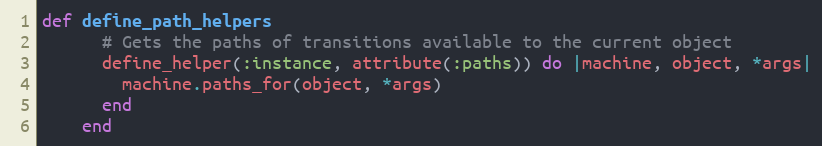
Language: Ruby
def define_path_helpers
      # Gets the paths of transitions available to the current object
      define_helper(:instance, attribute(:paths)) do |machine, object, *args|
        machine.paths_for(object, *args)
      end
    end